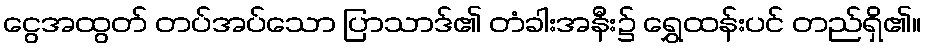
ငွေအထွတ် တပ်အပ်သော ပြာသာဒ်၏ တံခါးအနီး၌ ရွှေထန်းပင် တည်ရှိ၏။